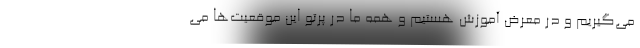
می‌گیریم و در معرض آموزش هستیم و همه ما در پرتو این موقعیت‌ها می‌